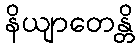
နိယျာတေန္တိ